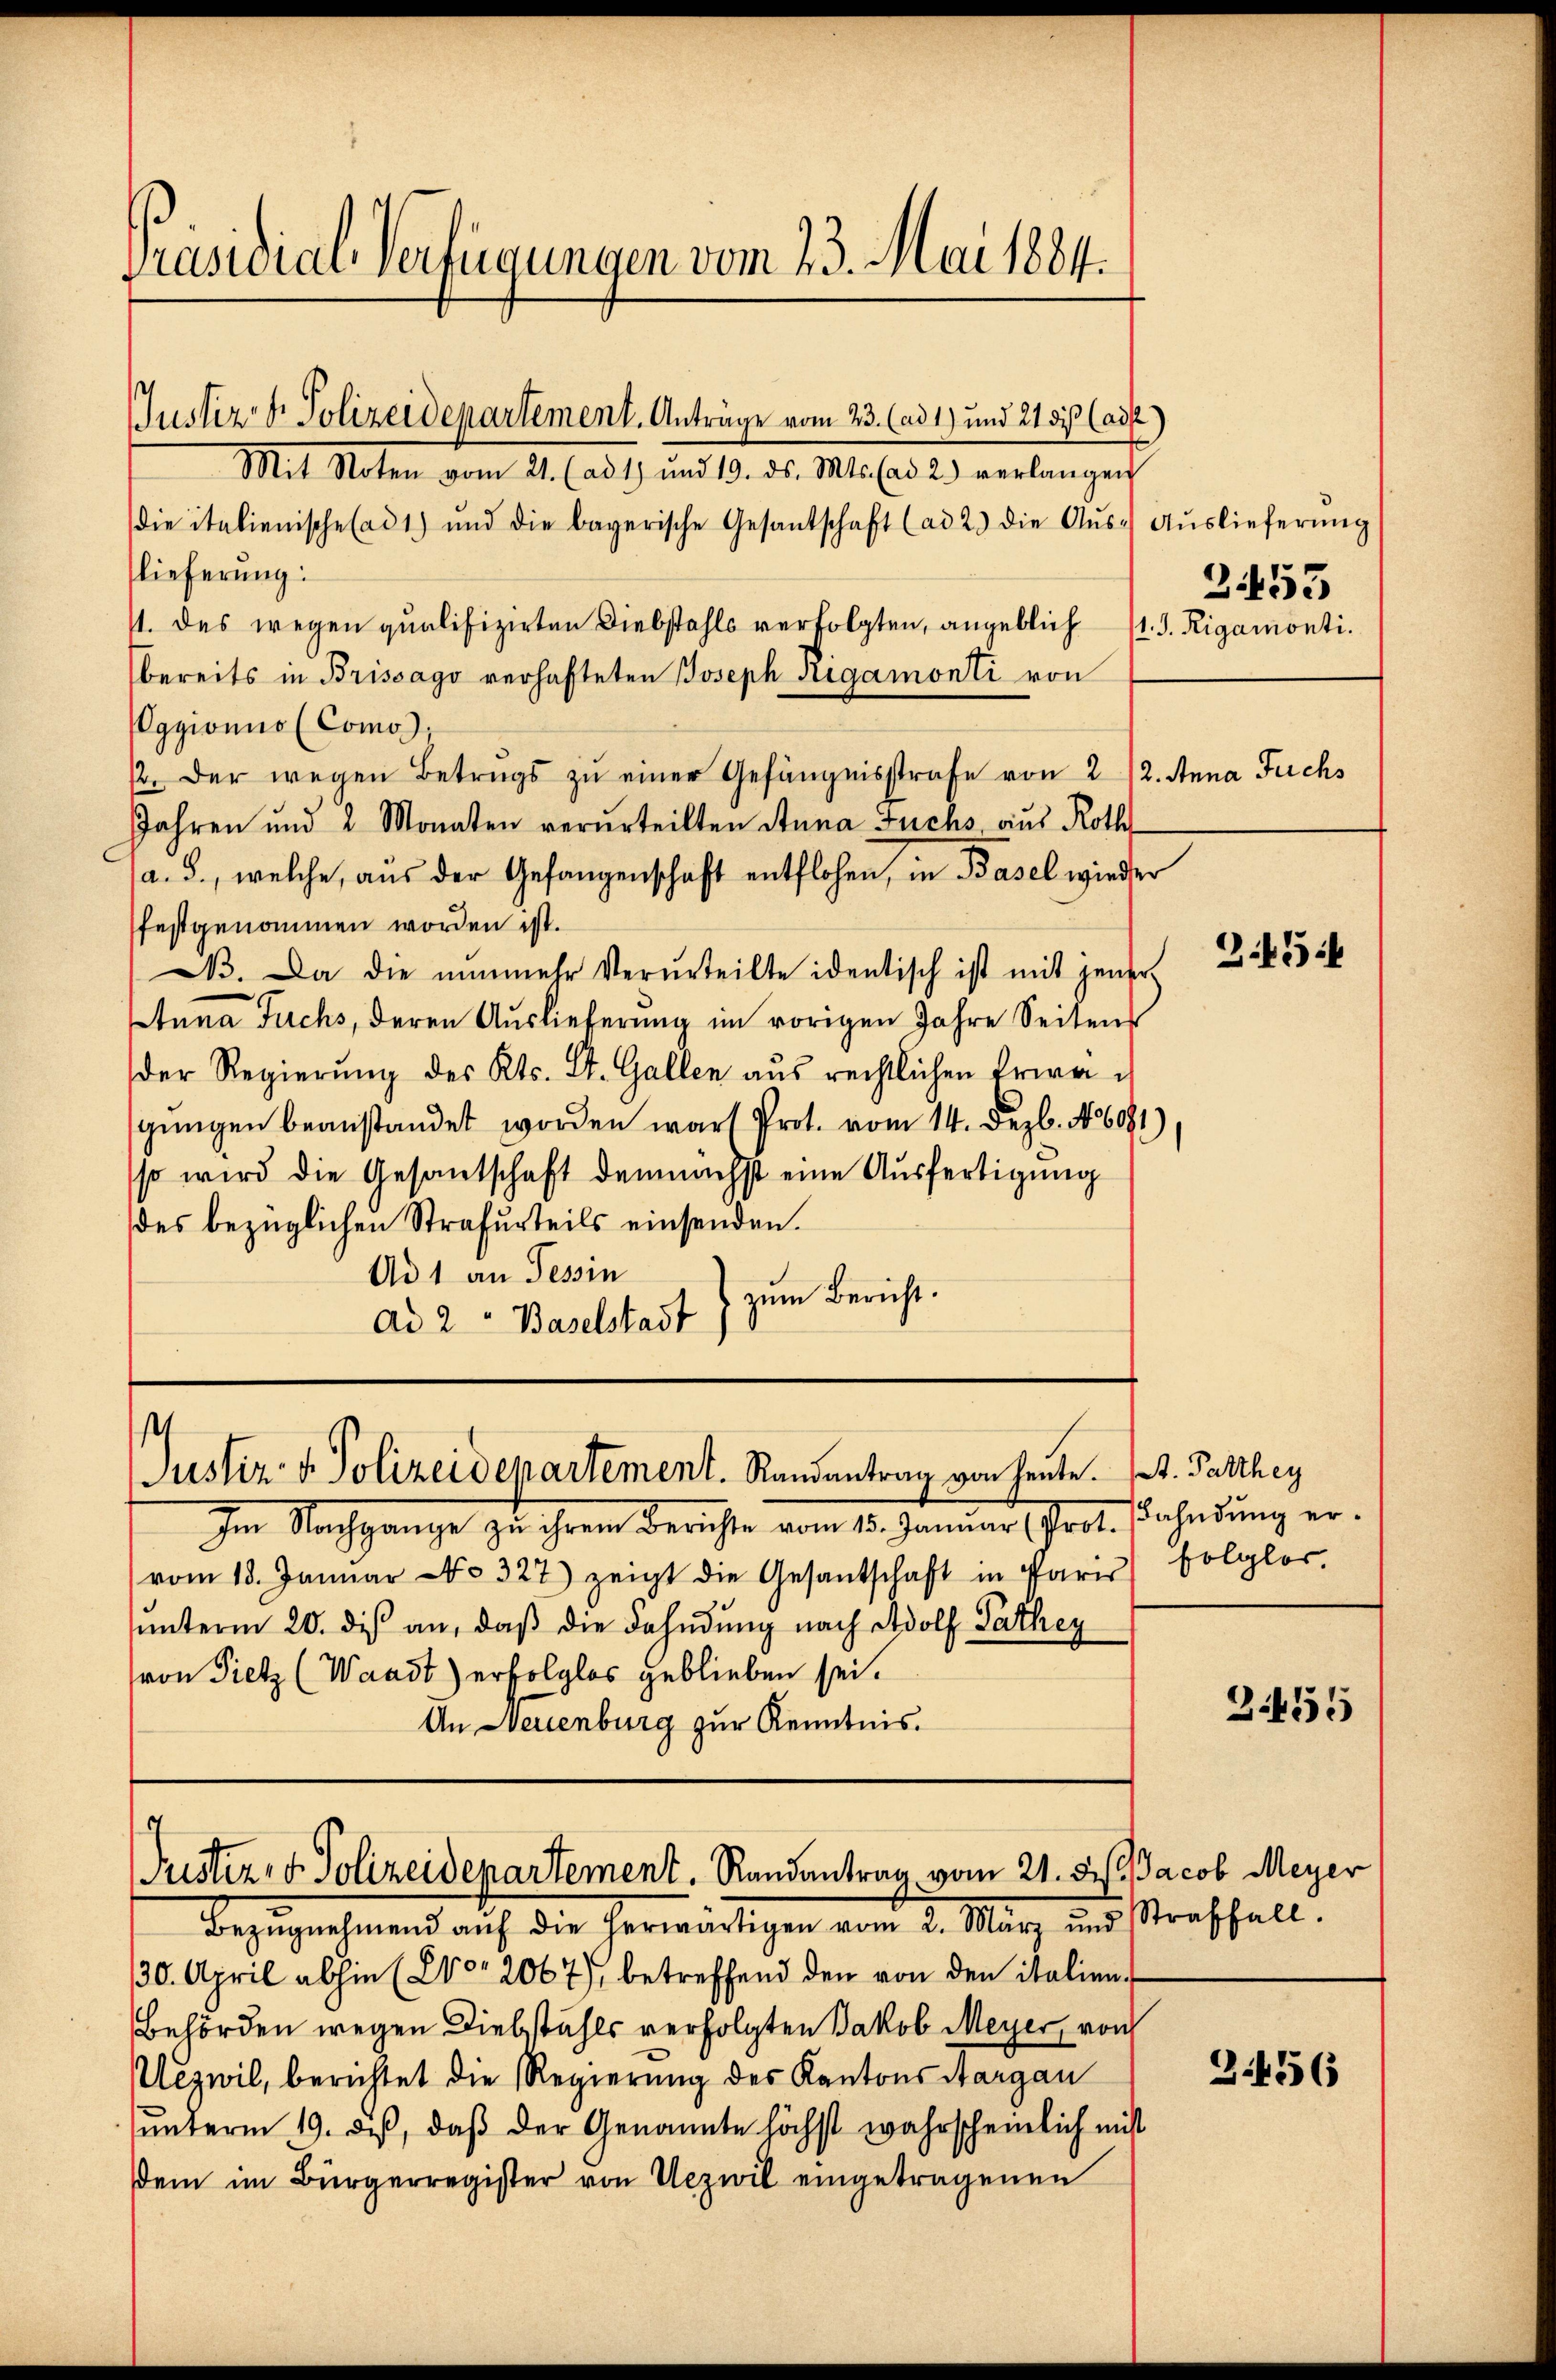
Präsidial-Verfügungen vom 23. Mai 1884.

Justiz- & Polizeidepartement. Anträge vom 23. (ad 1) und 21 des (adt)

die italienische ad 1) und die bayerische Gesantschaft (ad 2.) die Aŭs- Aŭslieferŭng
lieferung.
11. des wegen qualifizirten Diebstahls verfolgten, angeblich 11. J. Rigamonti
bereits in Brissago verhafteten Joseph Rigamonti von
ggionis (Como,
2. der wegen Betrugs zŭ einer Gefängnisstrafe von 212. Anna Fuchs
Jahren und 2 Monaten verurteilten Anna Fuchs, aus Roth
a. S., welche, aŭs der Gefangenschaft entflohen, in Basel wieder
festgenommen worden ist.
D. Da die nunmehr Verurteilte identisch ist mit jener
Anna Fuchs, deren Auslieferung im vorigen Jahre Seiten
der Regierŭng des Kts. St. Gallen aŭs rechtlichen Erwagŭngen beanstandet worden wars Prot. vom 14. Dezbr. 1601)
so wird die Gesantschaft demnächst eine Ausfertigung
des bezüglichen Strafurteils einsenden.
Ad 1 an Tessin
zum Bericht.
Ad 2 Baselstadt

s
Justiz- & Polizeidepartement. Randantrag von heute. (. Parthey

Mit Noten vom 21. (ad 1) und 19. ds. Mts. (ad 2.) verlangen

.
Justiz- & Polizeidepartement. Randantrag vom 21. Fs. Jacob Meyer

2453

Im Nachgange zu ihrem Berichte vom 10. Januar Prot. Fahndung ervom 18. Januar No. 327) zeigt die Gesantschaft in Paris folglor,
uunterm 20. dis an, daß die Fahndung nach Adolf Pathey
(von Pietz (Waadt) erfolglos geblieben sei.
An Neuenburg zur Kenntnis.

Bezŭgnehmend aŭf die herwärtigen vom 2. März und Straffall.
30. April abhin (vor 2067), betreffend den von den italien-
Behörden wegen Diebstahls verfolgten Jakob Meyer, von
Uezwil, berichtet die Regierung des Kantons Aargau
unterm 19. des, daß der Genannte höchst wahrscheinlich nicht
dem im Bürgerregister von Uezwil eingetragenen

345:

3455

2456